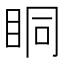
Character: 眮